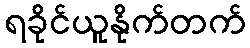
ရခိုင်ယူနိုက်တက်